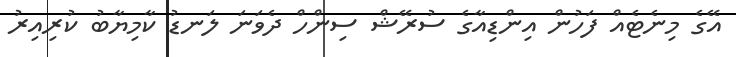
އޭގެ މިނެޓެއް ފަހުން އިންޑިއާގެ ސުރޭޝް ސިންހް ދެވަނަ ލަނޑު ކާމިޔާބު ކުރިއިރު